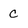
Character: c